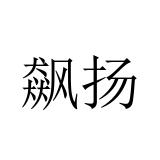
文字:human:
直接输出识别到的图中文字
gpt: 飙扬